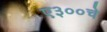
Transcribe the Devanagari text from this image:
ए३००चे